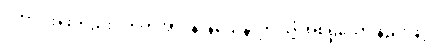
ပိတာ၊ အဖတည်း။ ဣတိအာဒိနာနယေန၊ ဤသို့ အစရှိသော နည်းဖြင့်။